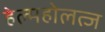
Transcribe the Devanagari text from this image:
हेल्महोलत्ज